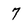
Character: 7